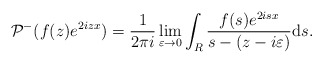
\begin{align*} & \mathcal{P}^- ( f(z) e^{ 2izx}) =\frac{1}{2\pi i}\lim_{\varepsilon \rightarrow 0}\int_{R} \frac{f(s)e^{ 2isx}}{s-(z-i\varepsilon)}\mathrm{d}s.\end{align*}